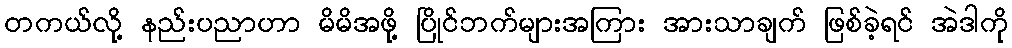
တကယ်လို့ နည်းပညာဟာ မိမိအဖို့ ပြိုင်ဘက်များအကြား အားသာချက် ဖြစ်ခဲ့ရင် အဲဒါကို